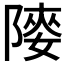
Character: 𨻤